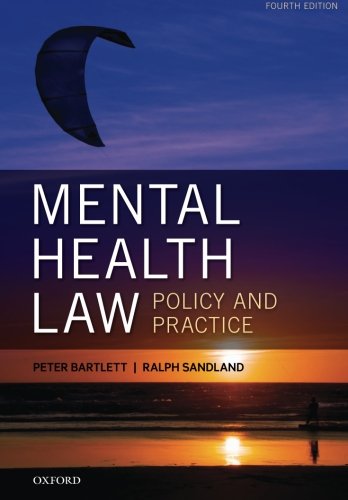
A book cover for Mental Health Law: Policy and Practice; Peter Bartlett; Law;